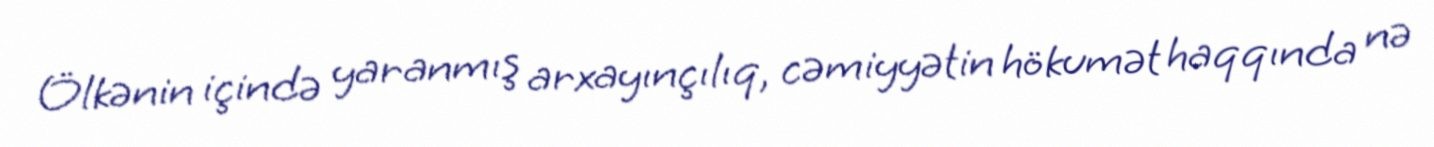
Ölkənin içində yaranmış arxayınçılıq, cəmiyyətin hökumət haqqında nə